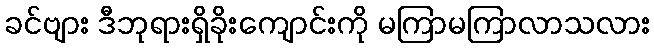
ခင်ဗျား ဒီဘုရားရှိခိုးကျောင်းကို မကြာမကြာလာသလား